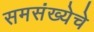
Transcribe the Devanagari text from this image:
समसंख्येचे